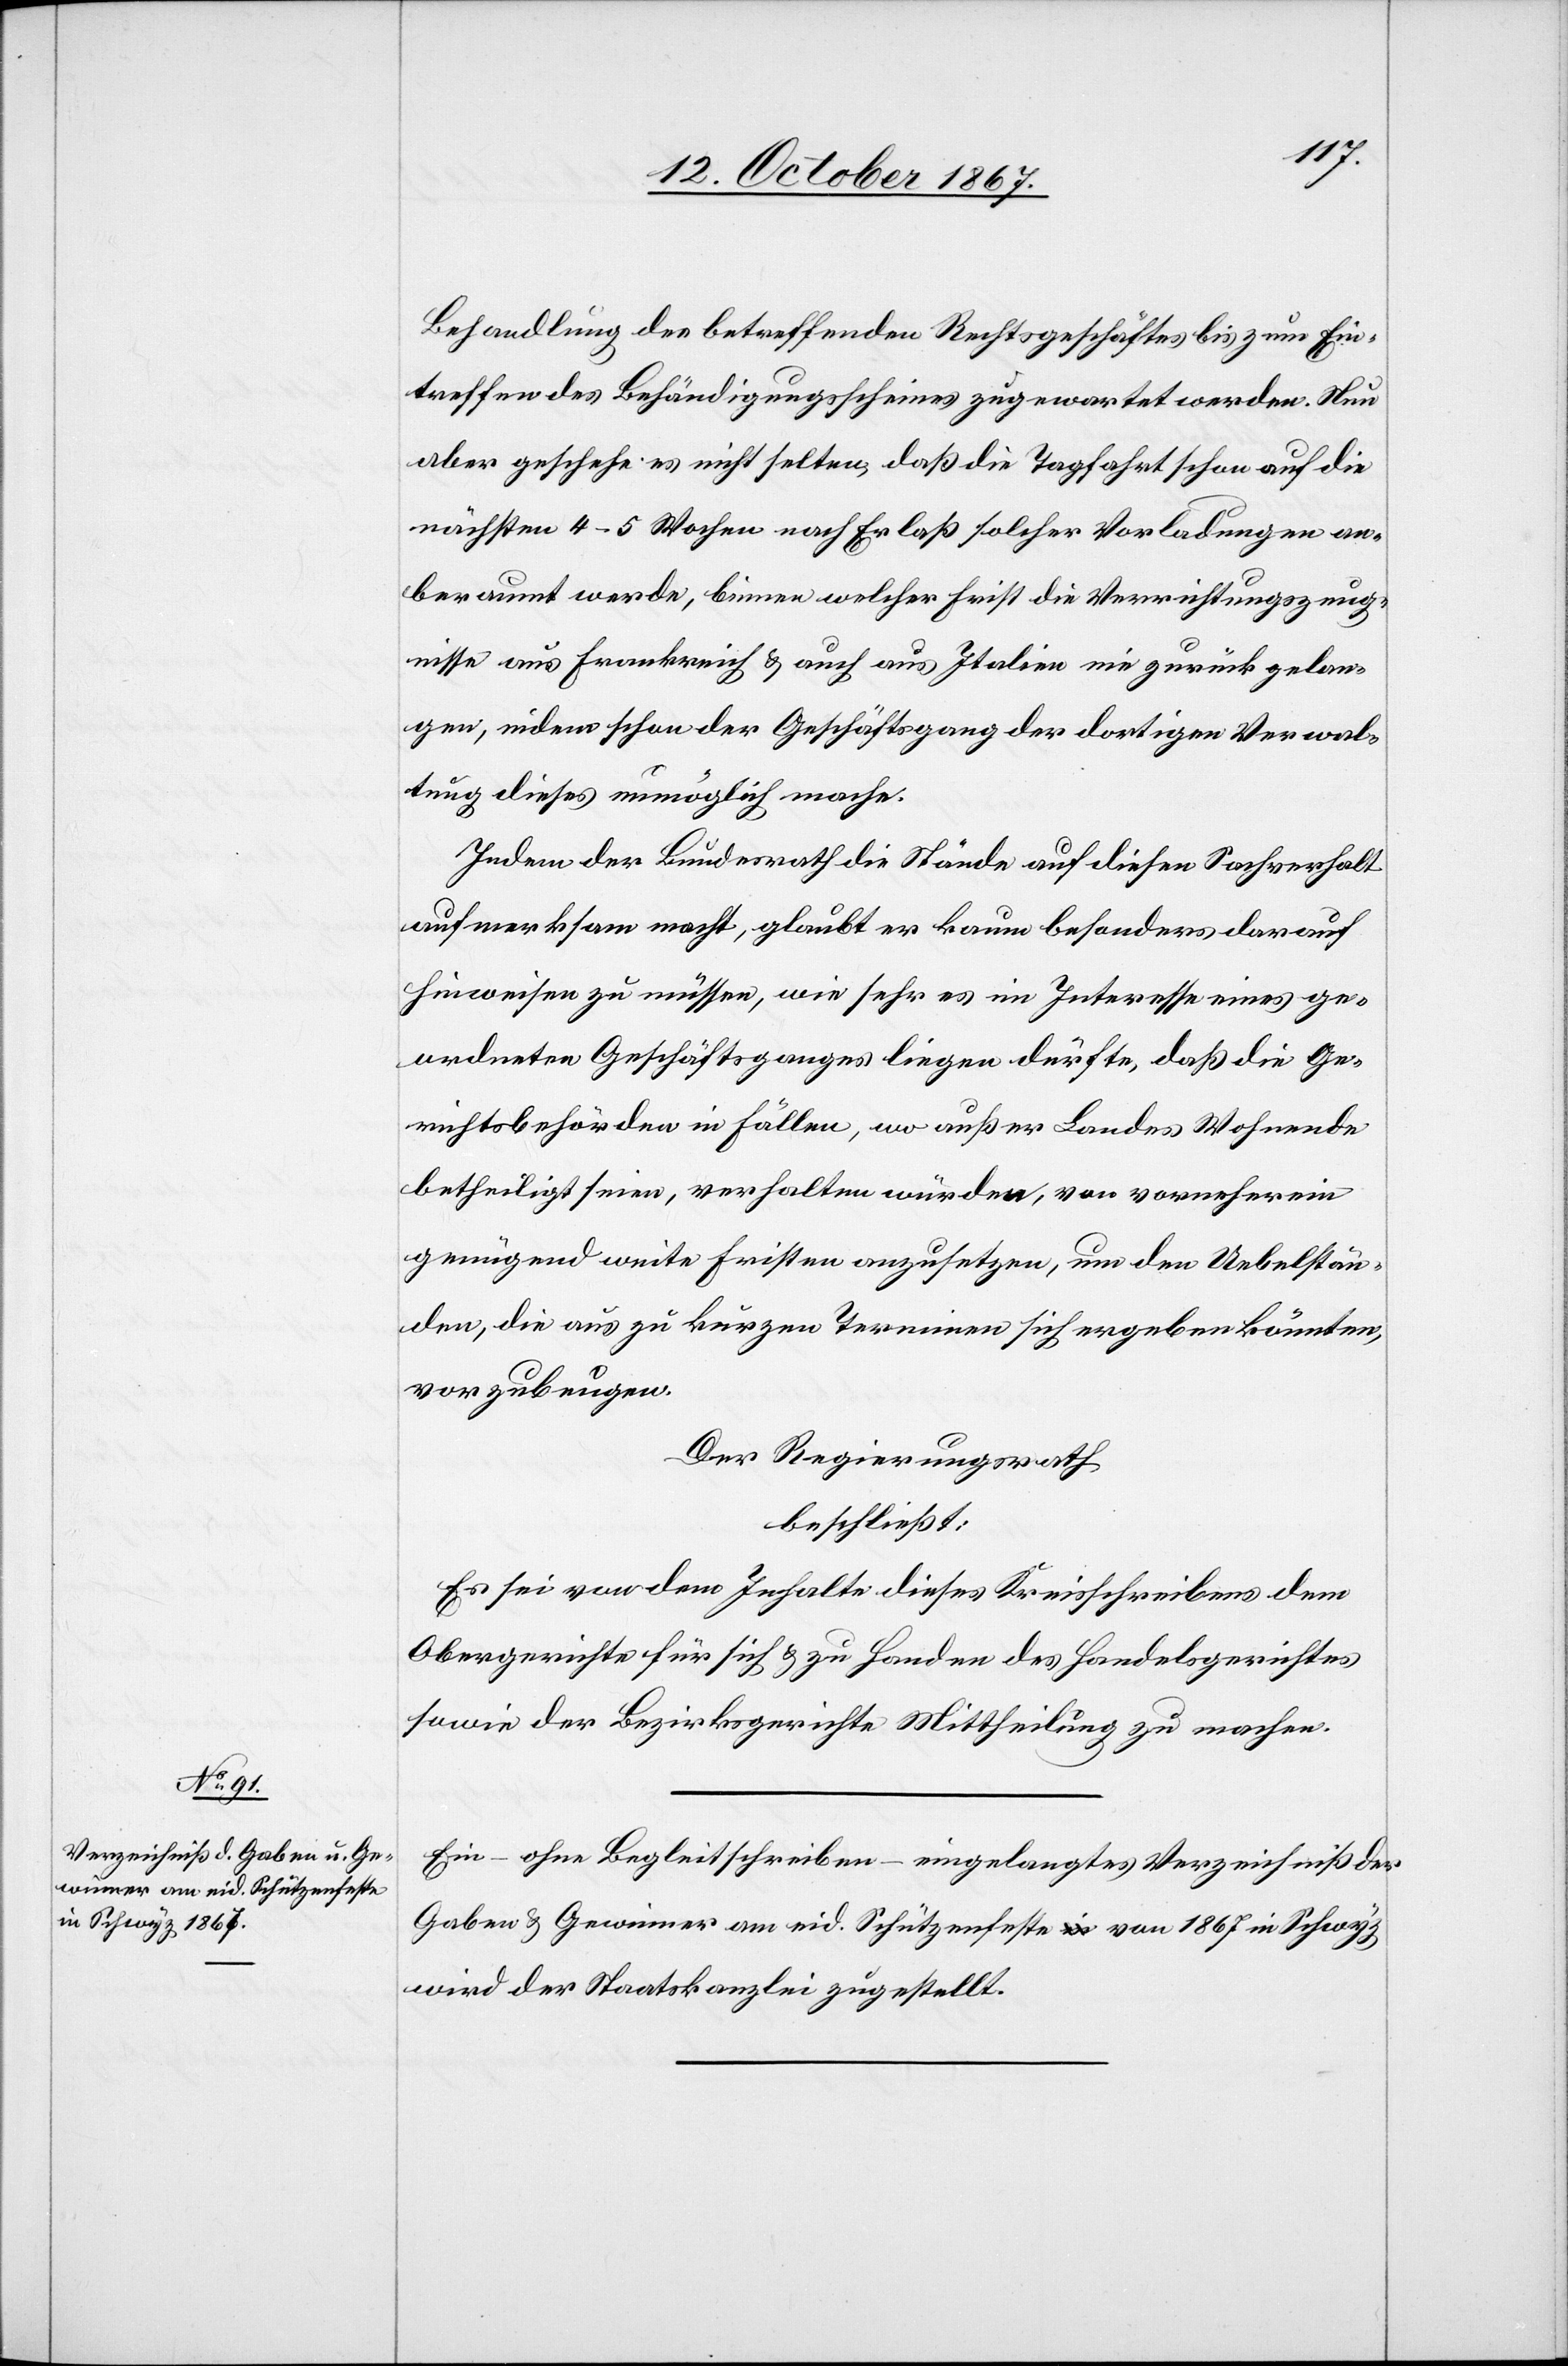
Behandlung des betreffenden Rechtsgeschäftes bis zum Ein¬
treffen des Behändigungsscheines zugewartet werden. Nun
aber geschehe es nicht selten, daß die Tagfahrt schon auf die
nächsten 4–5 Wochen nach Erlaß solcher Vorladungen an¬
beraumt werde, binnen welcher Frist die Verrichtungszeug¬
nisse aus Frankreich u. auch aus Italien nie zurück gelan¬
gen, indem schon der Geschäftsgang der dortigen Verwal¬
tung dieses unmöglich macht.
Indem der Bundesrath die Stände auf diesen Sachverhalt
aufmerksam macht, glaubt er kaum besonders darauf
hinweisen zu müssen, wie sehr es im Interesse eines ge¬
ordneten Geschäftsganges liegen dürfte, daß die Ge¬
richtsbehörden in Fällen, wo außer Landes Wohnende
betheiligt seien, verhalten würden, von vornherein
genügend weite Fristen anzusetzen, um den Uebelstän¬
den, die aus zu kurzen Terminen sich ergeben könnten,
vorzubeugen.
Der Regierungsrath,
beschließt:
Es sei von dem Inhalte dieses Kreisschreibens dem
Obergerichte für sich u. zu Handen des Handelsgerichtes
sowie der Bezirksgerichte Mittheilung zu machen.
Ein – ohne Begleitschreiben – eingelangtes Verzeichniß der
Gaben u. Gewinner am eid. Schützenfeste von 1867 in Schwyz,
wird der Staatskanzlei zugestellt.